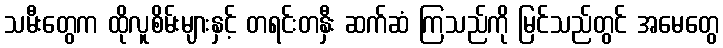
သမီးတွေက ထိုလူစိမ်းများနှင့် တရင်းတနှီး ဆက်ဆံ ကြသည်ကို မြင်သည်တွင် အမေတွေ